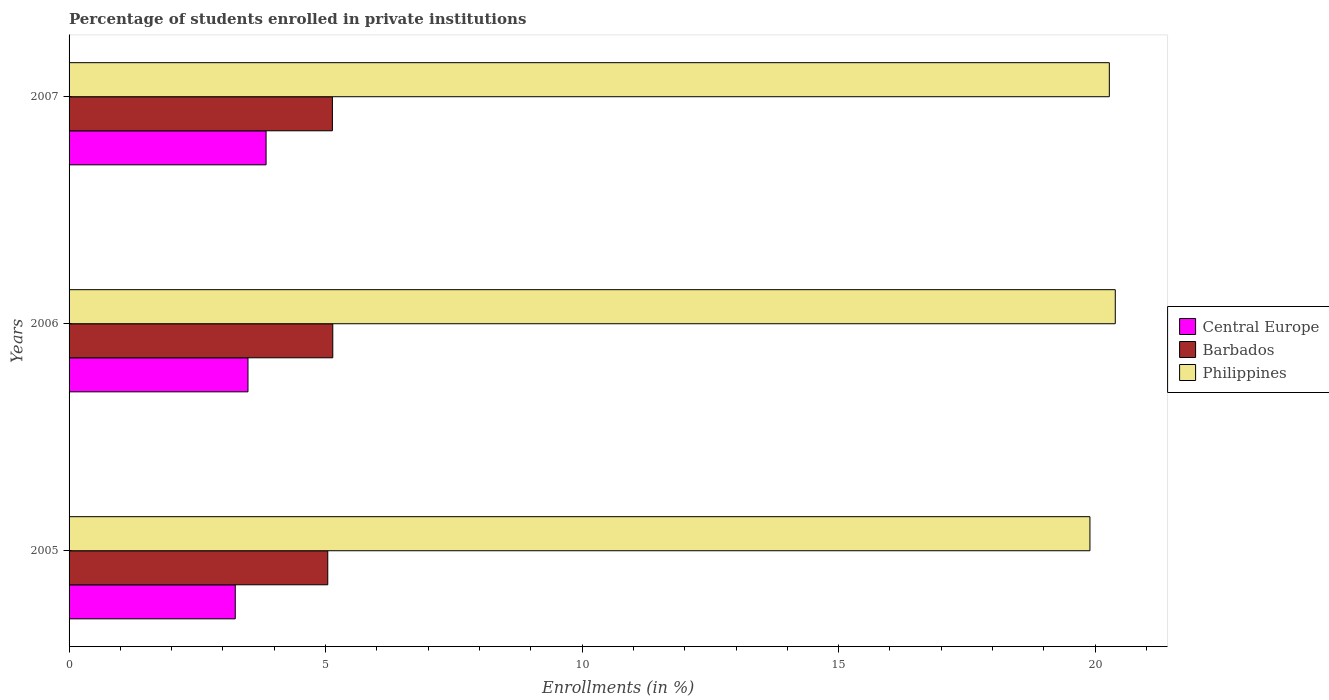
| Years | Central Europe | Barbados | Philippines |
 | --- | --- | --- | --- |
 | 2005 | 3.24 | 5.04 | 19.9 |
 | 2006 | 3.49 | 5.14 | 20.4 |
 | 2007 | 3.84 | 5.13 | 20.3 |